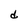
Character: d